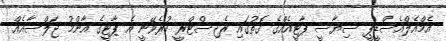
އެމްއެލްއެސްޑީޕީ ސިޔާސީ ޕާޓީއެއްގެ ގޮތުގައި ރެޖިސްޓްރީ ކުރެވޭނީ އެ ޕާޓީގެ އާންމު ޖަލްސާއެއް